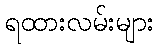
ရထားလမ်းများ